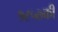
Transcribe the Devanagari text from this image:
१८५७की